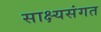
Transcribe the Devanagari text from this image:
साक्ष्यसंगत